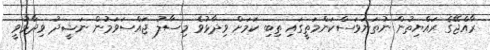
ރާއްޖޭގެ ރައްޔިތުން ނުތަނަވަސްކަންމަތީގައި ތިބި ކަމަށް ވިދާޅުވެ މިސާލު ޖައްސަވަމުން ނަޝީދު ވިދާޅުވީ